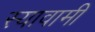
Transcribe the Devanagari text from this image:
स्यावामी